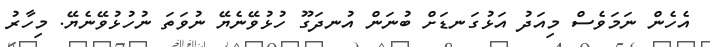
އެހެން ނަމަވެސް މިއަދު އަޅުގަނޑަށް ބުނަން އުނދަގޫ ހުޅުވޭނެޔޭ ނުވަތަ ނުހުޅުވޭނެޔޭ. މިހާރު